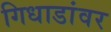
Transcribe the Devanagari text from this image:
गिधाडांवर